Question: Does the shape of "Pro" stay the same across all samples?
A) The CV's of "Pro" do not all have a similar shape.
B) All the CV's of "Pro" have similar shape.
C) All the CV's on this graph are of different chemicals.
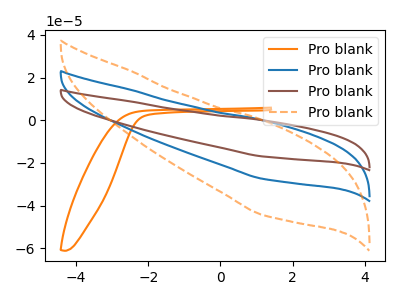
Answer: <think>The orange curve "Pro blank1" has no peaks. The blue curve "Pro blank2" has no peaks. The brown curve "Pro blank3" has no peaks. The orange dashed curve "Pro blank4" has no peaks.
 Neither "Pro blank1" or "Pro blank2" have any peaks. Neither "Pro blank1" or "Pro blank3" have any peaks. Neither "Pro blank1" or "Pro blank4" have any peaks. Neither "Pro blank2" or "Pro blank3" have any peaks. Neither "Pro blank2" or "Pro blank4" have any peaks. Neither "Pro blank3" or "Pro blank4" have any peaks.</think>
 <answer>B) All the CV's of "Pro" have similar shape.</answer>
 <eval>B</eval>